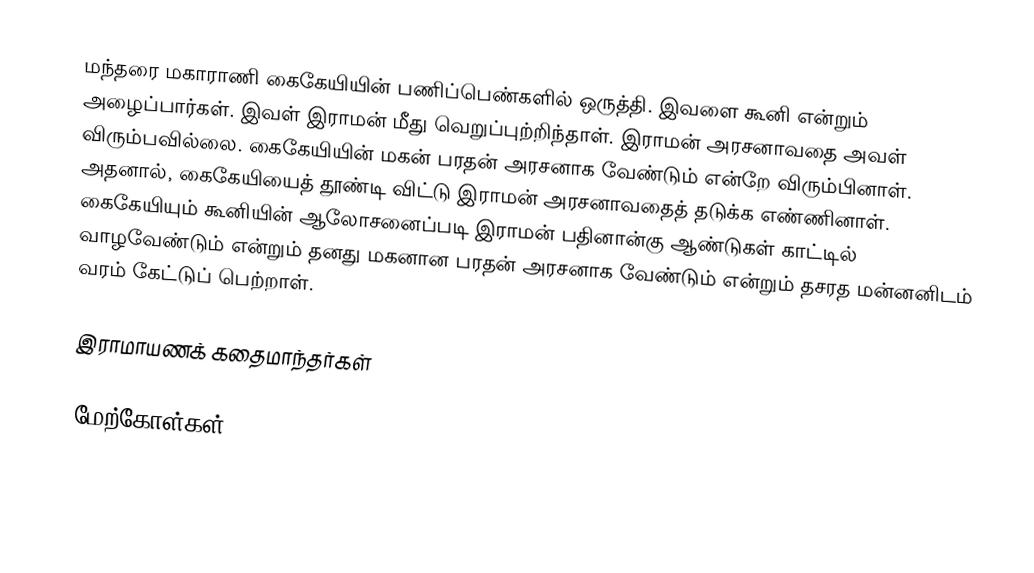
மந்தரை மகாராணி கைகேயியின் பணிப்பெண்களில் ஒருத்தி. இவளை கூனி என்றும் அழைப்பார்கள். இவள் இராமன் மீது வெறுப்புற்றிந்தாள். இராமன் அரசனாவதை அவள் விரும்பவில்லை. கைகேயியின்  மகன் பரதன் அரசனாக வேண்டும் என்றே விரும்பினாள். அதனால், கைகேயியைத் தூண்டி விட்டு இராமன் அரசனாவதைத் தடுக்க எண்ணினாள். கைகேயியும் கூனியின் ஆலோசனைப்படி இராமன் பதினான்கு ஆண்டுகள் காட்டில் வாழவேண்டும் என்றும் தனது மகனான பரதன் அரசனாக வேண்டும் என்றும் தசரத மன்னனிடம் வரம் கேட்டுப் பெற்றாள்.

இராமாயணக் கதைமாந்தர்கள்

மேற்கோள்கள்